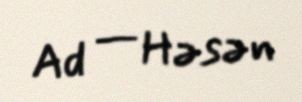
Ad — Həsən